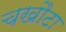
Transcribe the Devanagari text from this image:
चखौटा